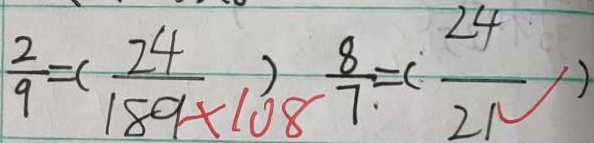
\frac { 2 } { 9 } = ( \frac { 2 4 } { 1 8 9 \times 1 0 8 } ) \frac { 8 } { 7 } = ( \frac { 2 4 } { 2 1 } )